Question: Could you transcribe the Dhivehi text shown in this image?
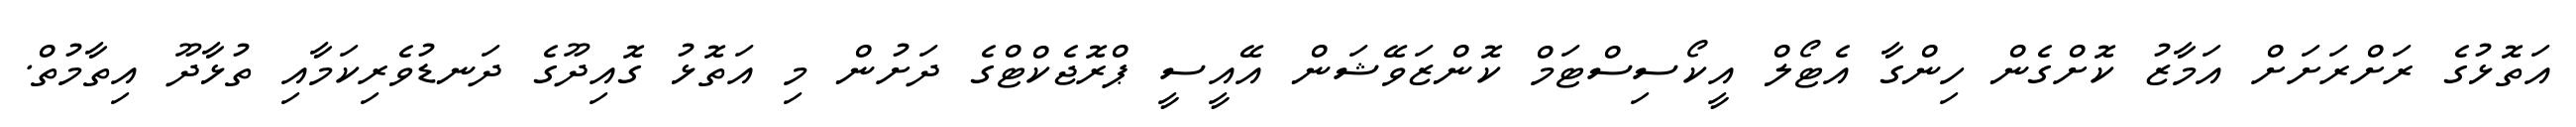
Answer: އަތޮޅުގެ ރަށްރަށަށް އަމާޒު ކޮށްގެން ހިންގާ އެޓޯލް އީކޯސިސްޓަމް ކޮންޒަވޭޝަން އޭއީސީ ޕްރޮޖެކްޓްގެ ދަށުން މި އަތޮޅު ގޮއިދޫގެ ދަނޑުވެރިކަމާއި ތުޅާދޫ އިތާމުތް.